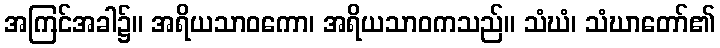
အကြင်အခါ၌။ အရိယသာဝကော၊ အရိယသာဝကသည်။ သံဃံ၊ သံဃာတော်၏